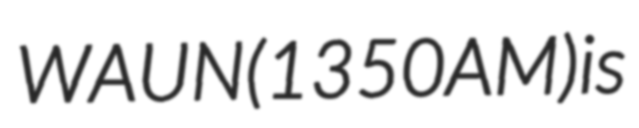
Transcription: WAUN (1350 AM) is